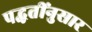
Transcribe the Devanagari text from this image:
पद्धतींनुसार